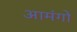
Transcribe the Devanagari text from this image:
आमंगों